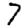
Digit: 7